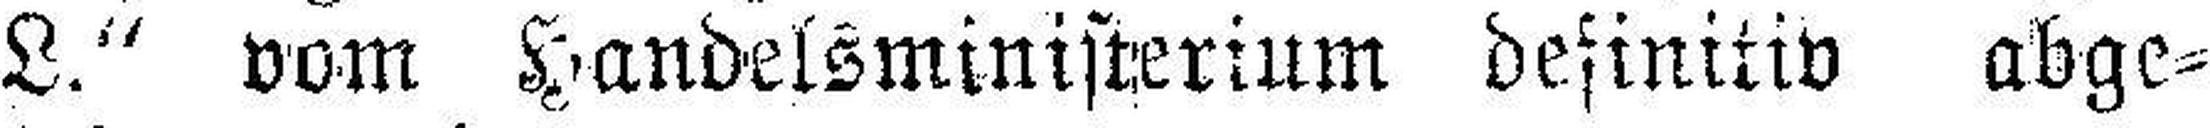
L.“ vom Handelsministerium definitiv abge¬